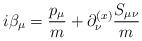
LaTeX: \begin{align*}i\beta_\mu = {{p_\mu} \over m} + \partial^{(x)}_\nu {{S_{\mu\nu} \over m}}\end{align*}